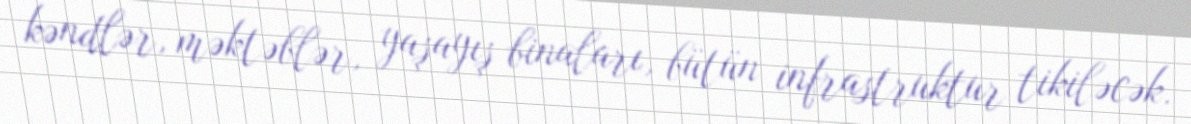
kəndlər, məktəblər, yaşayış binaları, bütün infrastruktur tikiləcək.